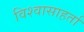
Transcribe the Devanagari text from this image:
विश्वासाहर्ता